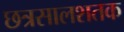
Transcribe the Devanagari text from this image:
छत्रसालशतक